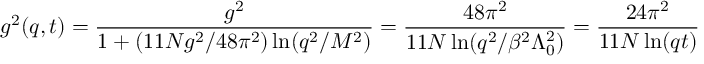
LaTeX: g ^ { 2 } ( q , t ) = \frac { g ^ { 2 } } { 1 + ( 1 1 N g ^ { 2 } / 4 8 \pi ^ { 2 } ) \ln ( q ^ { 2 } / M ^ { 2 } ) } = \frac { 4 8 \pi ^ { 2 } } { 1 1 N \ln ( q ^ { 2 } / \beta ^ { 2 } \Lambda _ { 0 } ^ { 2 } ) } = \frac { 2 4 \pi ^ { 2 } } { 1 1 N \ln ( q t ) }